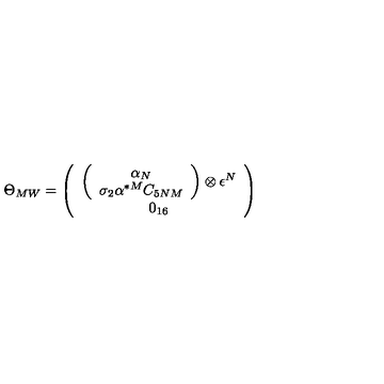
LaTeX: \Theta _ { M W } = \left( \begin{array} { c } { \left( \begin{array} { c } { \alpha _ { N } } \\ { \sigma _ { 2 } \alpha ^ { * M } C _ { 5 N M } } \\ \end{array} \right) \otimes \epsilon ^ { N } } \\ { 0 _ { 1 6 } } \\ \end{array} \right)